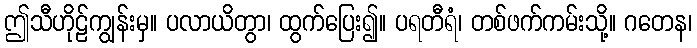
ဤသီဟိုဠ်ကျွန်းမှ။ ပလာယိတွာ၊ ထွက်ပြေး၍။ ပရတီရံ၊ တစ်ဖက်ကမ်းသို့။ ဂတေန၊